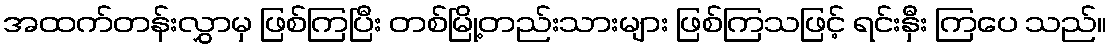
အထက်တန်းလွှာမှ ဖြစ်ကြပြီး တစ်မြို့တည်းသားများ ဖြစ်ကြသဖြင့် ရင်းနှီး ကြပေ သည်။